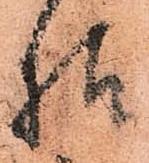
様